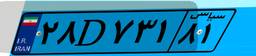
۳۰D۰۰۶۱۸